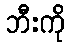
ဘီးကို